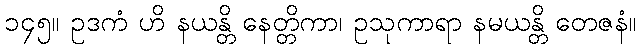
၁၄၅။ ဥဒကံ ဟိ နယန္တိ နေတ္တိကာ၊ ဥသုကာရာ နမယန္တိ တေဇနံ။